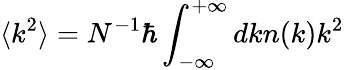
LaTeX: \langle k^{2}\rangle=N^{-1}\hbar\int_{-\infty}^{+\infty}dkn(k)k^{2}